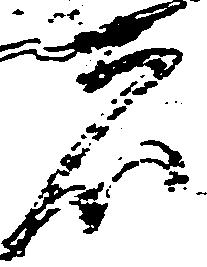
者